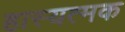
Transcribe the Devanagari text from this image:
हास्यत्मक